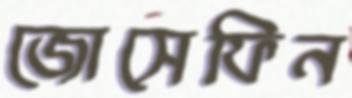
জোসেফিন